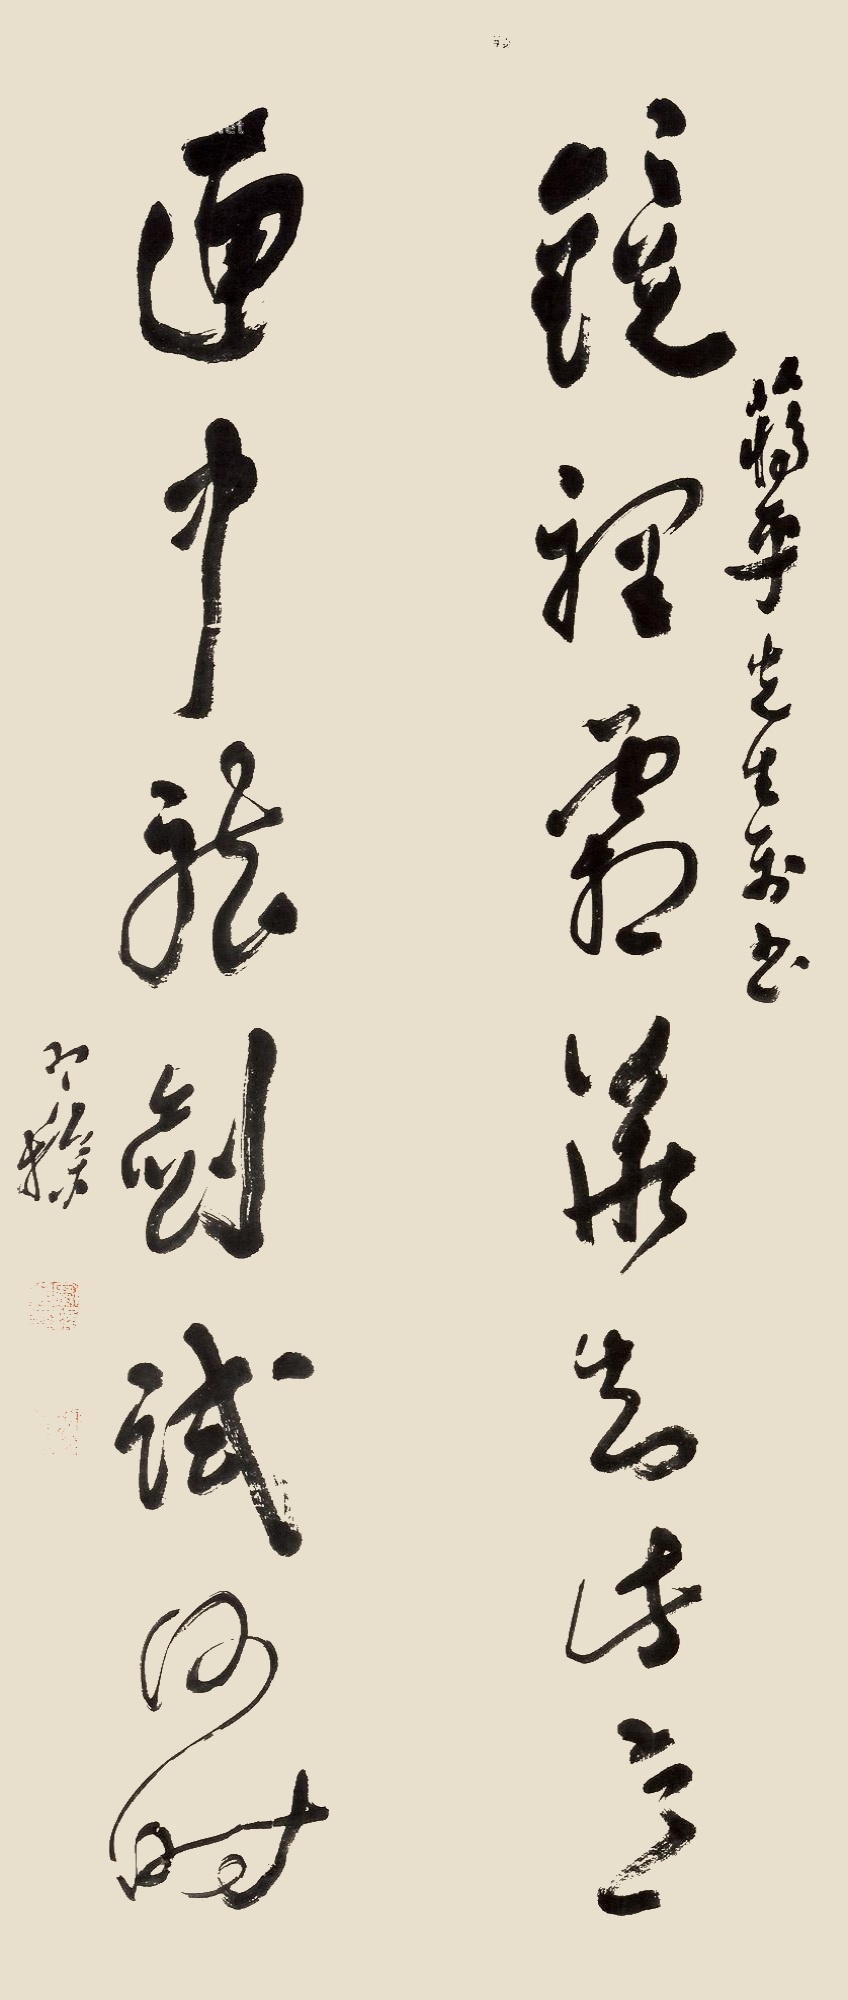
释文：镜里霜花动此意，匣中龙剑试何时。蒋平先生属书，寒操。